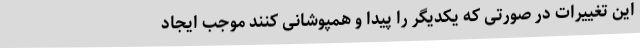
این تغییرات در صورتی که یکدیگر را پیدا و همپوشانی کنند موجب ایجاد